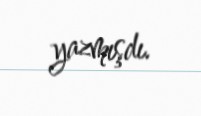
yazmışdı.